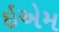
ઇએમ